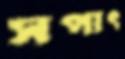
সপাৎ